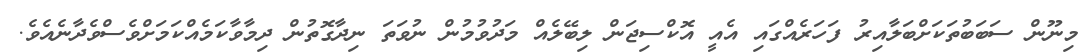
މިނޫން ސަބަބުތަކަށްބަލާއިރު ފަހަރެއްގައި އެއީ އޮކްސިޖަން ލިބޭލެއް މަދުވުމުން ނުވަތަ ނިދާގޮތުން ދިމާވާކަމެއްކަމަށްވެސްވެދާނެއެވެ.